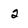
Character: 2